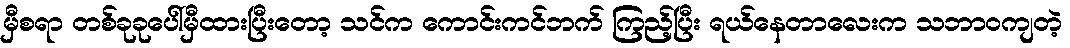
မှီစရာ တစ်ခုခုပေါ်မှီထားပြီးတော့ သင်က ကောင်းကင်ဘက် ကြည့်ပြီး ရယ်နေတာလေးက သဘာဝကျတဲ့